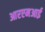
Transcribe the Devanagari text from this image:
आरएमआई